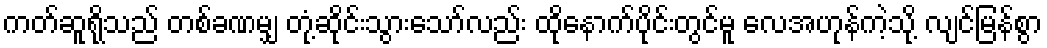
ကတ်ဆူရိုသည် တစ်ခဏမျှ တုံ့ဆိုင်းသွားသော်လည်း ထိုနောက်ပိုင်းတွင်မူ လေအဟုန်ကဲ့သို့ လျင်မြန်စွာ